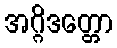
အဂ္ဂိဒတ္တော